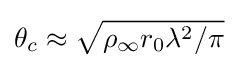
\theta _{c}\approx {\sqrt {\rho _{\infty }r_{0}\lambda ^{2}/\pi }}